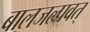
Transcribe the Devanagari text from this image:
बालजल्पवत्